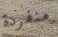
منفردة